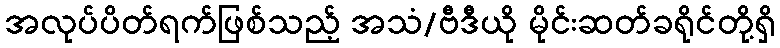
အလုပ်ပိတ်ရက်ဖြစ်သည့် အသံ/ဗီဒီယို မိုင်းဆတ်ခရိုင်တို့ရှိ